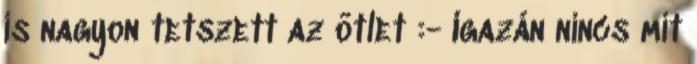
is nagyon tetszett az ötlet :- Igazán nincs mit